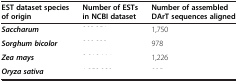
<table><thead><tr><td><b>EST dataset species of origin</b></td><td><b>Number of ESTs in NCBI dataset</b></td><td><b>Number of assembled DArT sequences aligned</b></td></tr></thead><tbody><tr><td><b><i>Saccharum</i></b></td><td>[EMPTY_CELL]</td><td>1,750</td></tr><tr><td><b><i>Sorghum bicolor</i></b></td><td>[EMPTY_CELL]</td><td>978</td></tr><tr><td><b><i>Zea mays</i></b></td><td>[EMPTY_CELL]</td><td>1,226</td></tr><tr><td><b><i>Oryza sativa</i></b></td><td>[EMPTY_CELL]</td><td>[EMPTY_CELL]</td></tr></tbody></table>